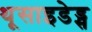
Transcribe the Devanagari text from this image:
थूसाइडेड्स